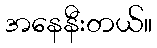
အနေနီးတယ်။